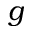
g